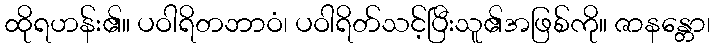
ထိုရဟန်း၏။ ပဝါရိတဘာဝံ၊ ပဝါရိတ်သင့်ပြီးသူ၏အဖြစ်ကို။ ဇာနန္တော၊